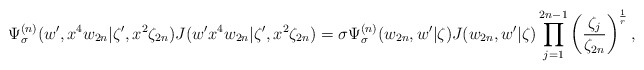
\begin{align*}\Psi^{(n)}_\sigma (w', x^4 w_{2n}|\zeta', x^2 \zeta_{2n})J(w'x^4 w_{2n}|\zeta',x^2\zeta_{2n})=\sigma \Psi^{(n)}_\sigma (w_{2n}, w'|\zeta ) J(w_{2n}, w'|\zeta )\prod_{j=1}^{2n-1} \left( \frac{\zeta_j}{\zeta_{2n}} \right)^{\frac{1}{r}}, \end{align*}